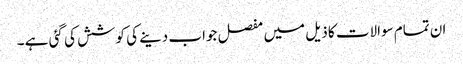
ان تمام سوالات کا ذیل میں مفصل جواب دینے کی کوشش کی گئی ہے ۔